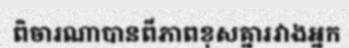
ពិចារណាបានពីភាពខុសគ្នារវាងអ្នក